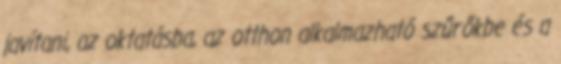
javítani, az oktatásba, az otthon alkalmazható szűrőkbe és a